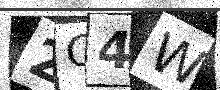
Text: 2C4W